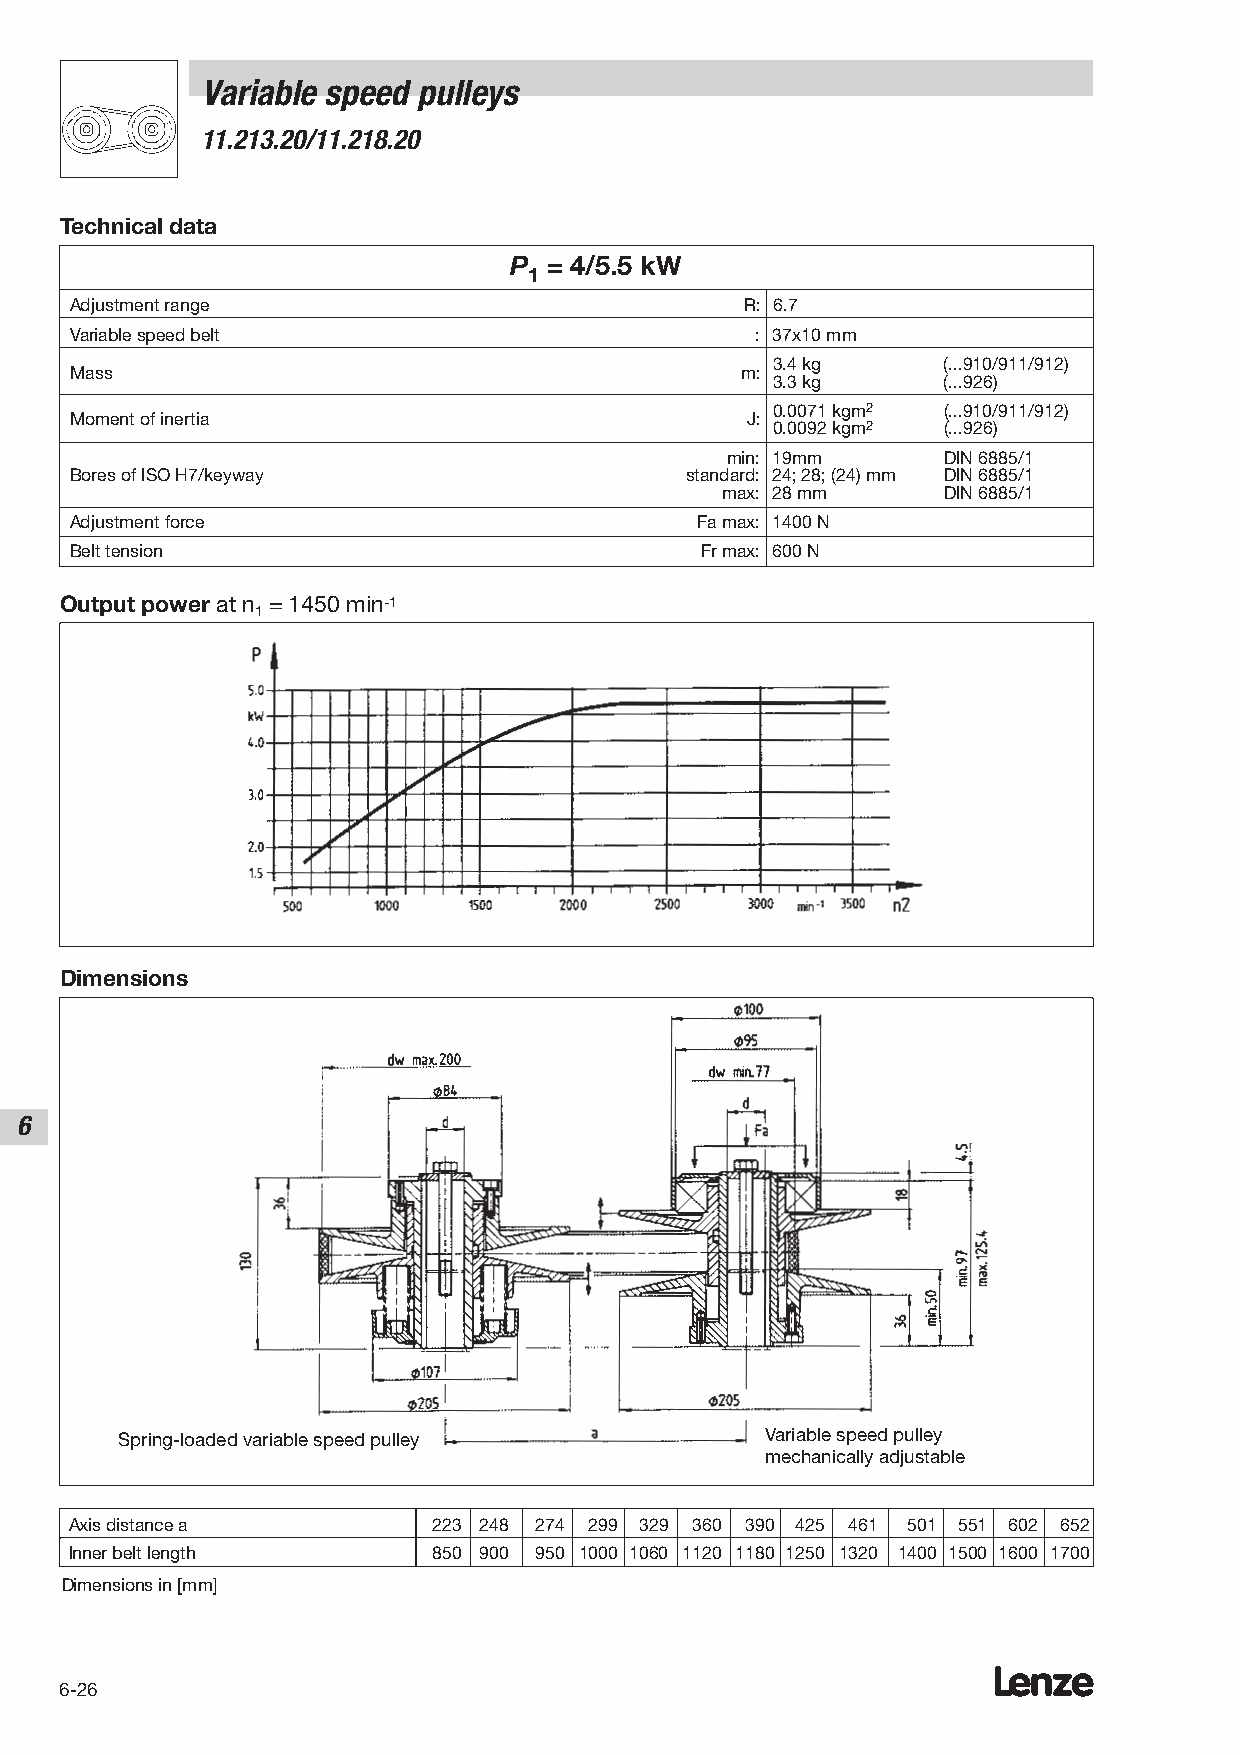
Variable speed pulleys
 11.213.20/11.218.20
 Technical data
 P = 4/5.5 kW
 1
 Adjustment range                            R: 6.7
 Variable speed belt                          : 37x10 mm
 3.4 kg     (...910/911/912)
 Mass                                        m:
 3.3 kg     (...926)
 0.0071 kgm2 (...910/911/912)
 Moment of inertia                           J:
 0.0092 kgm2 (...926)
 min: 19mm     DIN 6885/1
 Bores of ISO H7/keyway                  standard: 24; 28; (24) mm DIN 6885/1
 max: 28 mm    DIN 6885/1
 Adjustment force                         Fa max: 1400 N
 Belt tension                             Fr max: 600 N
 Output power at n = 1450 min-1
 1
 Dimensions
 6
 Spring-loaded variable speed pulley        Variable speed pulley
 mechanically adjustable
 Axis distance a         223 248 274 299 329 360 390 425 461 501 551 602 652
 Inner belt length       850 900 950 1000 1060 1120 1180 1250 1320 1400 1500 1600 1700
 Dimensions in [mm]
 Lenze
 6-26